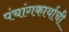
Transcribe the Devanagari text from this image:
पंचांगकार्याची